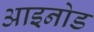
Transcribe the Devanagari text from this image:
आइनोड